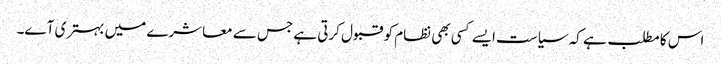
اس کا مطلب ہے کہ سیاست ایسے کسی بھی نظام کو قبول کرتی ہے جس سے معاشرے میں بہتری آے۔